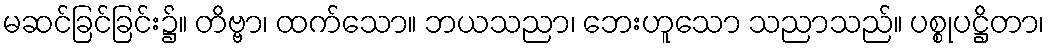
မဆင်ခြင်ခြင်း၌။ တိဗ္ဗာ၊ ထက်သော။ ဘယသညာ၊ ဘေးဟူသော သညာသည်။ ပစ္စုပဋ္ဌိတာ၊